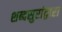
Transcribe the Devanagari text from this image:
शब्दसुरांद्वारा